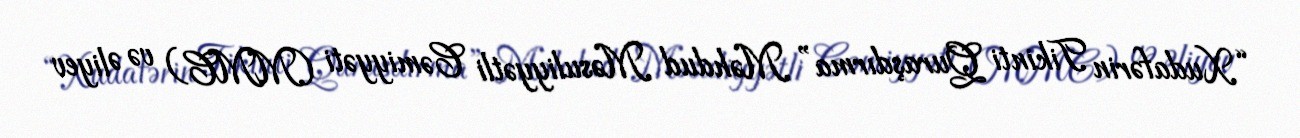
“Xudafərin Tikinti Quraşdırma” Məhdud Məsuliyyətli Cəmiyyəti (MMC) və Əliyev